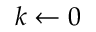
k \gets 0